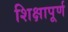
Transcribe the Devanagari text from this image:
शिक्षापूर्ण